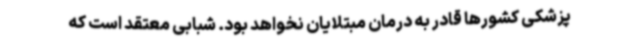
پزشکی کشورها قادر به درمان مبتلایان نخواهد بود. شبابی معتقد است که